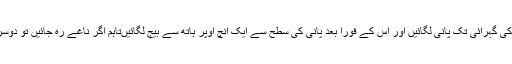
انہوںنے کہاکہ کاشتکار ہاتھ سے بیج لگانے کی صورت میں پہلے نالیوں میں چھ سے سات انچ کی گہرائی تک پانی لگائیں اور اس کے فوراً بعد پانی کی سطح سے ایک انچ اوپر ہاتھ سے بیج لگائیںتاہم اگر ناغے رہ جائیں تو دوسرے پانی کے وتر میں پورے کرلیں تاکہ کپاس کی بہتر پیداوار حاصل کرنے میں مدد مل سکے۔